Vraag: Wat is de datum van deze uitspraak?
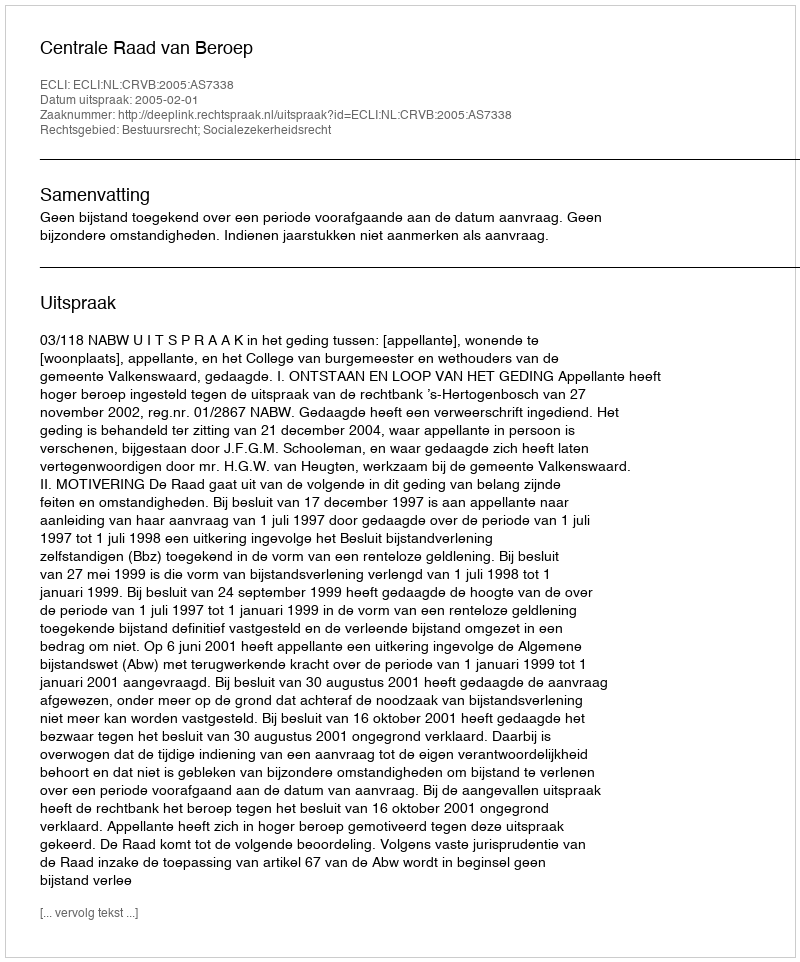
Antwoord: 2005-02-01